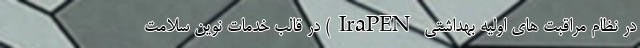
در نظام مراقبت های اولیه بهداشتی IraPEN) در قالب خدمات نوین سلامت